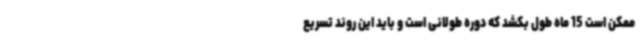
ممکن است 15 ماه طول بکشد که دوره طولانی است و باید این روند تسریع